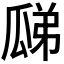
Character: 𤫼